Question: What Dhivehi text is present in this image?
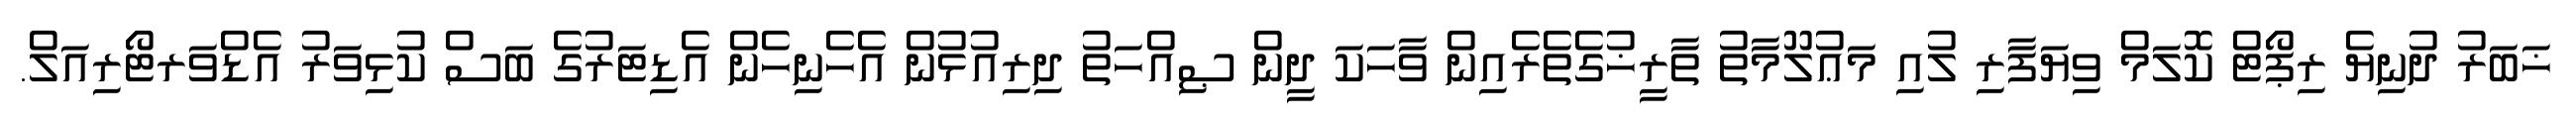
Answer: ޚަބަރު ދުނިޔެ ރިޕޯޓް ކޮލަމް ވިޔަފާރި ލުއި މަޢުލޫމާތު ތާރީޚުގެތެރެއިން ވާހަކަ ދީން ޞިއްހަތު ދިރިއުޅުން އެހެނިހެން އެޑިޓަރުގެ ބަސް ކުޅިވަރު އެޑްވަރޓޯރިއަލް.